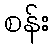
စန်း